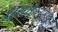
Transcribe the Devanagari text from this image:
धूमकेतूंमधून